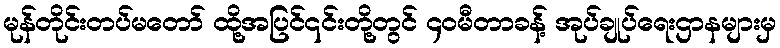
မုန်တိုင်းတပ်မတော် ထို့အပြင်၎င်းတို့တွင် ၄၀မီတာခန့် အုပ်ချုပ်ရေးဌာနများမှ